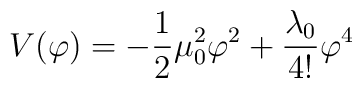
V(\varphi) = -\frac{1}{2} \mu_0^2 \varphi^2+\frac{\lambda_0}{4!}\varphi^4